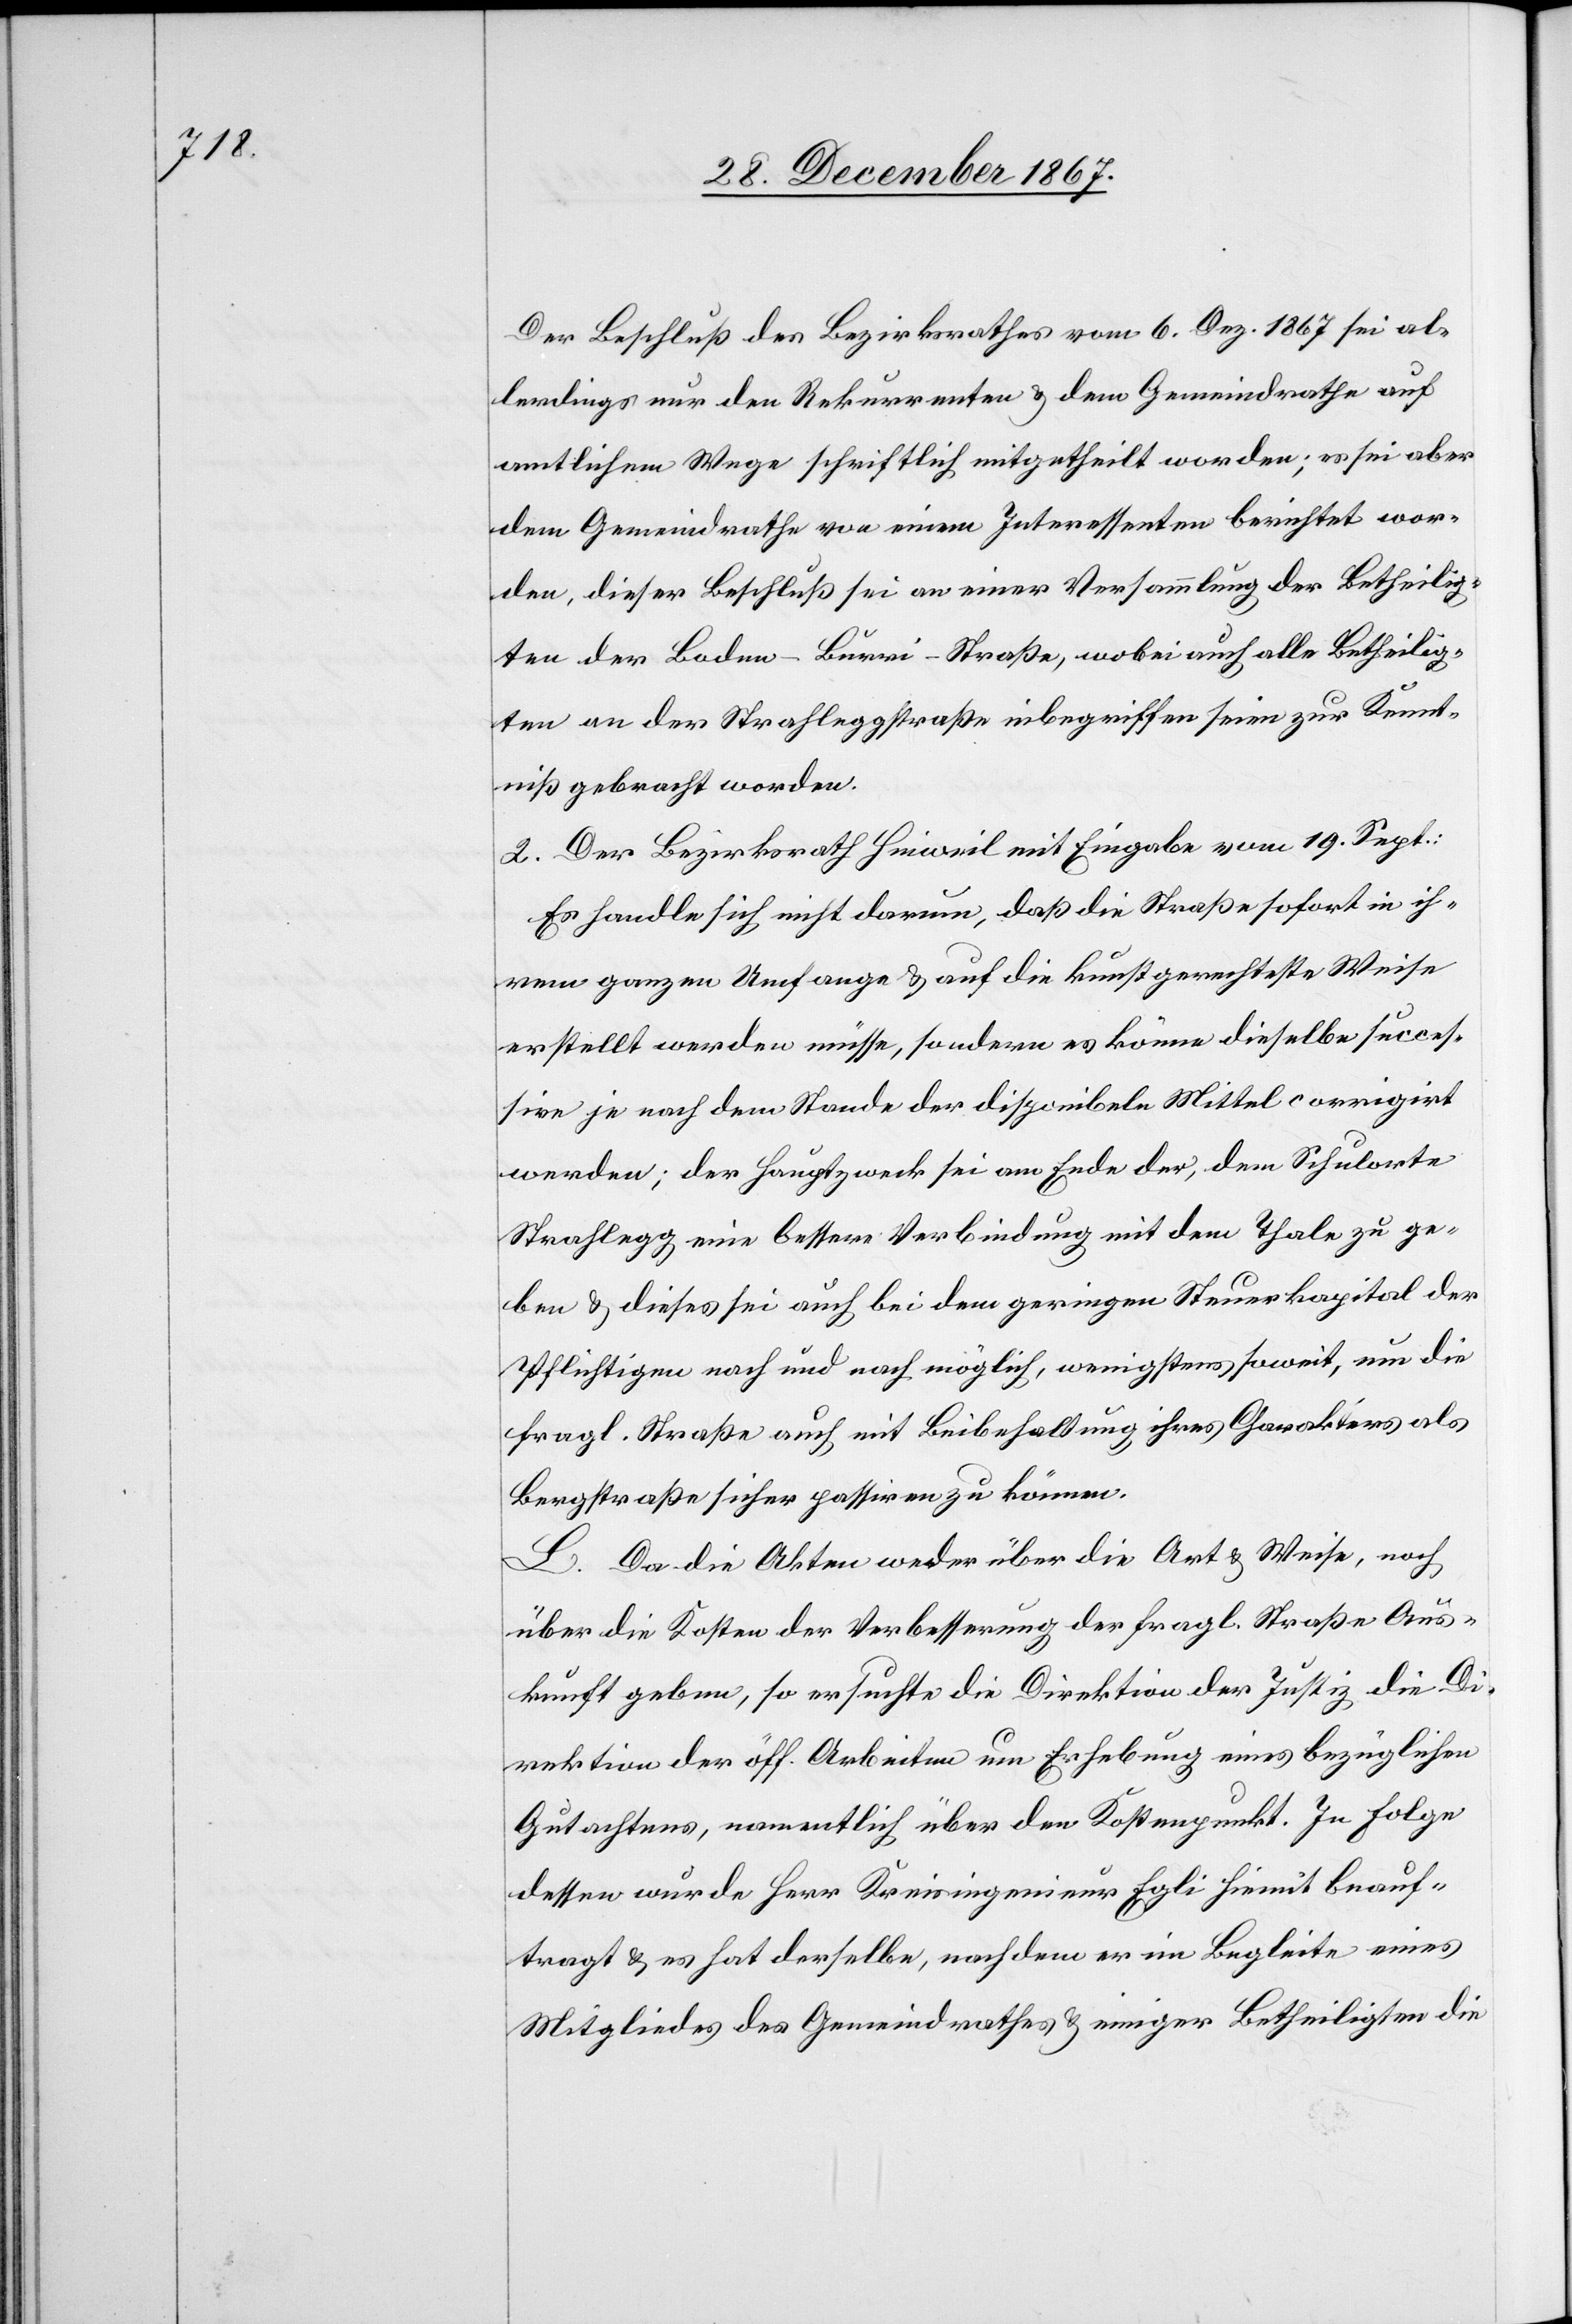
Der Beschluß des Bezirksrathes vom 6. Dez. 1867 sei al¬
lerdings nur den Rekurrenten u. dem Gemeindrathe auf
amtlichem Wege schriftlich mitgetheilt worden; es sei aber
dem Gemeindrathe von einem Interessenten berichtet wor¬
den, dieser Beschluß sei an einer Versammlung der Betheilig¬
ten der Boden–Burri-Straße, wobei auch alle Betheilig¬
ten an der Strahleggstraße inbegriffen seien zur Kennt¬
niß gebracht worden.
2. Der Bezirksrath Hinweil mit Eingabe vom 19. Sept.:
Es handle sich nicht darum, daß die Straße sofort in ih¬
rem ganzen Umfange u. auf die kunstgerechteste Weise
erstellt werden müsse, sondern es könne dieselbe succes¬
sive je nach dem Stande der disponibeln Mittel corrigirt
werden; der Hauptzweck sei am Ende der, dem Schulorte
Strahlegg eine bessere Verbindung mit dem Thale zu ge¬
ben u. dieses sei auch bei dem geringen Steuerkapital der
Pflichtigen nach und nach möglich, wenigstens soweit, um die
fragl. Straße auch mit Beibehalt ihres Charakters als
Bergstraße sicher passiren zu können.
L. Da die Akten weder über die Art u. Weise, noch
über die Kosten der Verbesserung der fragl. Straße Aus¬
kunft geben, so ersuchte die Direktion der Justiz die Di¬
rektion der öff. Arbeiten um Erhebung eines bezüglichen
Gutachtens, namentlich über den Kostenpunkt. In Folge
dessen wurde Herr Kreisingenieur Egli hiemit beauf¬
tragt u. es hat derselbe, nachdem er im Begleite eines
Mitgliedes des Gemeindrathes u. einiger Betheiligten die